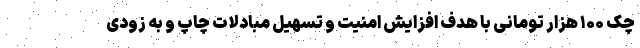
چک ۱۰۰ هزار تومانی با هدف افزایش امنیت و تسهیل مبادلات چاپ و به زودی